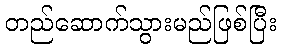
တည်ဆောက်သွားမည်ဖြစ်ပြီး